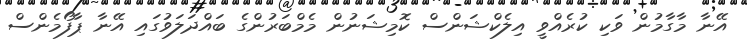
އޭނާ މާގާމުން ވަކި ކުރެއްވީ އިލެކްޝަންސް ކޮމިޝަނުން މެމްބަރުންގެ ބައްދަލަވުގައި އޭނާ ޕާފޯމެންސް